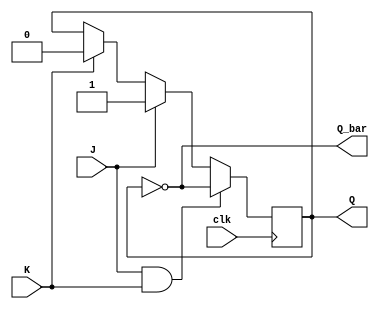
module jk_flipflop(
    input J,  // Set input
    input K,  // Reset input
    input clk,  // Clock input
    output reg Q,  // Output
    output reg Q_bar  // Inverted output
);

always @(posedge clk) begin
    if (J & K) begin
        Q <= ~Q;
    end else if (J) begin
        Q <= 1;
    end else if (K) begin
        Q <= 0;
    end
end

assign Q_bar = ~Q;

endmodule